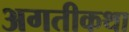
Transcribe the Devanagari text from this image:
अगतीकथा